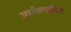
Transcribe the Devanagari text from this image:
मशीनचालित